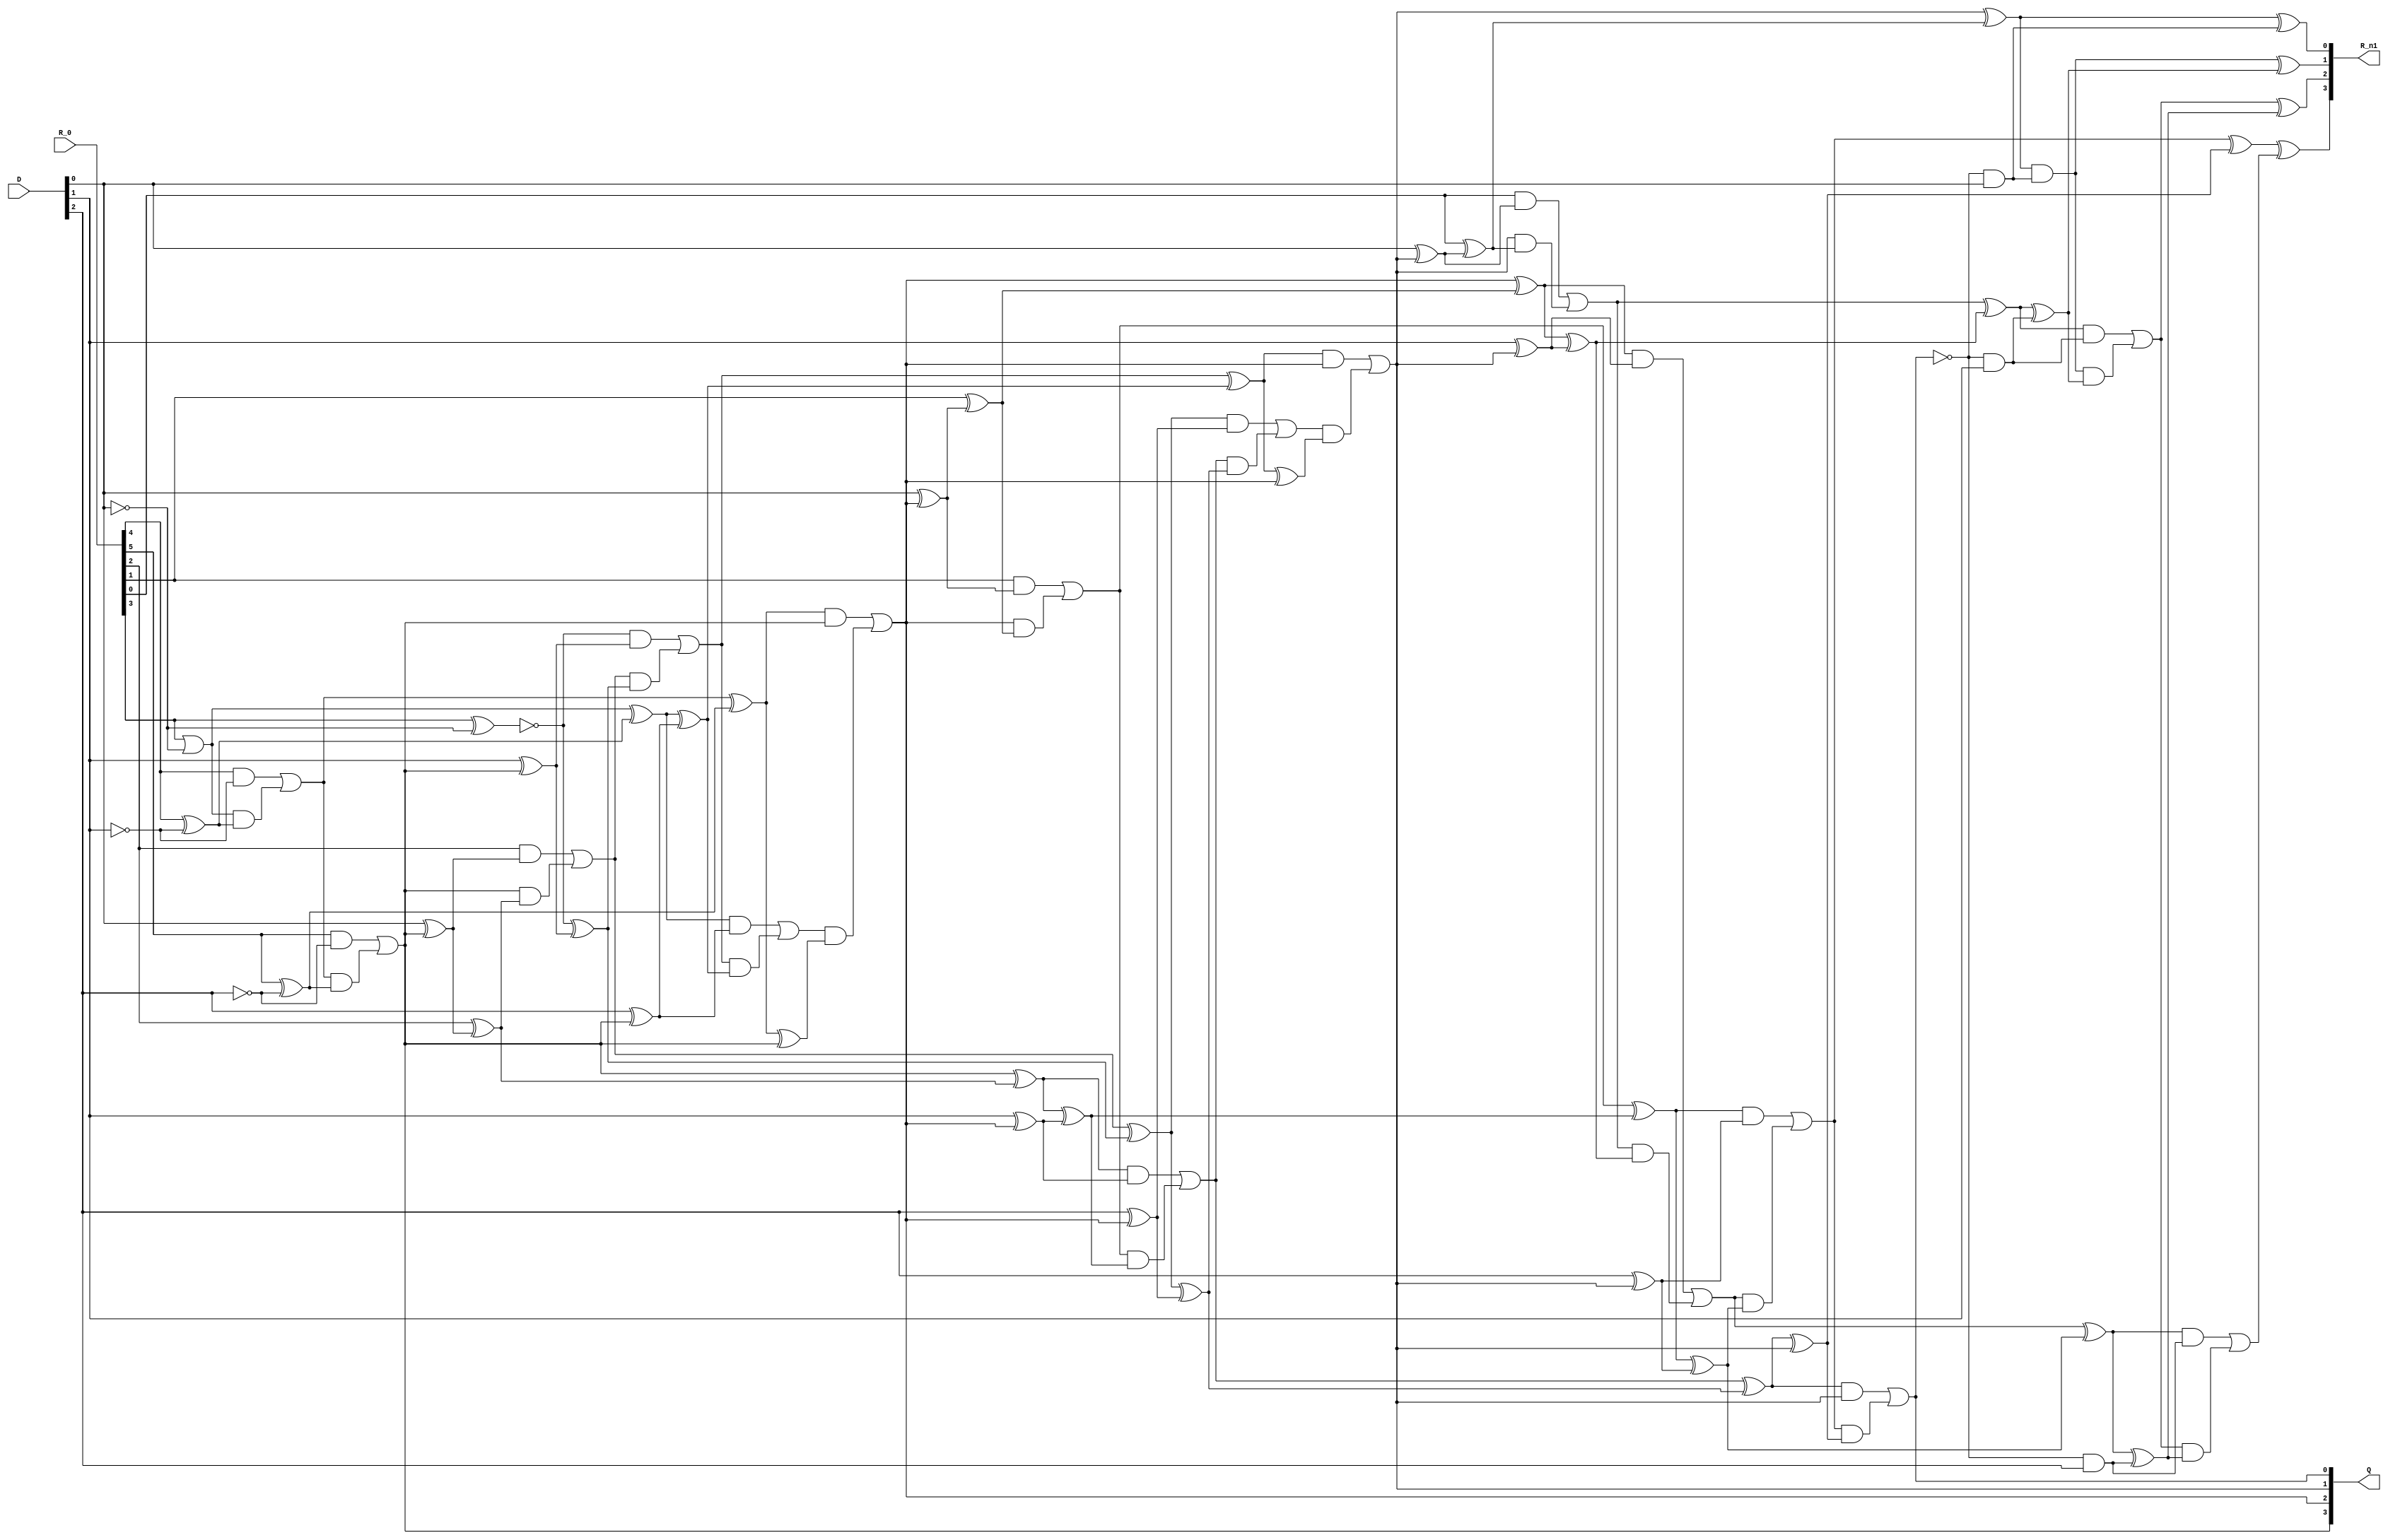
module nonresdivReduced(R_0, D, Q, R_n1);
input [5:0] R_0;
input [2:0] D;
output [3:0] Q;
output [3:0] R_n1;
wire _0_;
wire _1_;
wire _2_;
wire _3_;
wire _4_;
wire _5_;
wire _6_;
wire _7_;
wire _8_;
wire _9_;
wire _10_;
wire _11_;
wire _12_;
wire _13_;
wire _14_;
wire _15_;
wire _16_;
wire _17_;
wire _18_;
wire _19_;
wire _20_;
wire _21_;
wire _22_;
wire _23_;
wire _24_;
wire _25_;
wire _26_;
wire _27_;
wire _28_;
wire _29_;
wire _30_;
wire _31_;
wire _32_;
wire _33_;
wire _34_;
wire _35_;
wire _36_;
wire _37_;
wire _38_;
wire _39_;
wire _40_;
wire _41_;
wire _42_;
wire _43_;
wire _44_;
wire _45_;
wire _46_;
wire _47_;
wire _48_;
wire _49_;
wire _50_;
wire _51_;
wire _52_;
wire _53_;
wire _54_;
wire _55_;
wire _56_;
wire _57_;
wire _58_;
wire _59_;
wire _60_;
wire _61_;
wire _62_;
wire _63_;
wire _64_;
wire _65_;
wire _66_;
wire _67_;
wire _68_;
wire _69_;
wire _70_;
wire _71_;
wire _72_;
wire _73_;
wire _74_;
wire _75_;
wire _76_;
wire _77_;
wire _78_;
wire _79_;
wire _80_;
wire _81_;
wire _82_;
wire _83_;
wire _84_;
wire _85_;
wire _86_;
wire _87_;
wire _88_;
wire _89_;
wire _90_;
wire _91_;
wire _92_;
wire _93_;
wire _94_;
wire _95_;
wire _96_;
wire _97_;
wire _98_;
wire _99_;
wire _100_;
wire _101_;
wire _102_;
wire _103_;
wire _104_;
wire _105_;
wire _106_;
wire _107_;
wire _108_;
wire _109_;
wire _110_;
wire _111_;
wire _112_;
wire _113_;
wire _114_;
wire _115_;
wire _116_;
wire _117_;
wire _118_;
wire _119_;
wire _120_;
wire _121_;
wire _122_;
wire _123_;
wire _124_;
wire _125_;
wire _126_;
wire _127_;
wire _128_;
wire _129_;
wire _130_;
wire zeroWire;
wire oneWire;
assign zeroWire = 1'b0 /*239*/;
assign oneWire = 1'b1 /*239*/;
assign _7_ = ~D[0] /*213*/;
assign _5_ = R_0[3] | _7_ /*210*/;
assign _6_ = R_0[3] ^ _7_ /*212*/;
assign _0_ = ~_6_ /*211*/;
assign _14_ = ~D[1] /*209*/;
assign _11_ = R_0[4] & _14_ /*205*/;
assign _12_ = R_0[4] ^ _14_ /*208*/;
assign _13_ = _5_ & _12_ /*206*/;
assign _10_ = _11_ | _13_ /*204*/;
assign _1_ = _5_ ^ _12_ /*207*/;
assign _19_ = ~D[2] /*203*/;
assign _16_ = R_0[5] & _19_ /*199*/;
assign _17_ = R_0[5] ^ _19_ /*202*/;
assign _18_ = _10_ & _17_ /*200*/;
assign _15_ = _16_ | _18_ /*198*/;
assign _2_ = _10_ ^ _17_ /*201*/;
assign _20_ = zeroWire & oneWire /*193*/;
assign _21_ = zeroWire ^ oneWire /*196*/;
assign _22_ = _15_ & _21_ /*194*/;
assign Q[3] = _20_ | _22_ /*192*/;
assign _3_ = _15_ ^ _21_ /*195*/;
assign _34_ = D[0] ^ Q[3] /*166*/;
assign _31_ = R_0[2] & _34_ /*162*/;
assign _32_ = R_0[2] ^ _34_ /*165*/;
assign _33_ = Q[3] & _32_ /*163*/;
assign _30_ = _31_ | _33_ /*161*/;
assign _25_ = Q[3] ^ _32_ /*164*/;
assign _39_ = D[1] ^ Q[3] /*160*/;
assign _36_ = _0_ & _39_ /*156*/;
assign _37_ = _0_ ^ _39_ /*159*/;
assign _38_ = _30_ & _37_ /*157*/;
assign _35_ = _36_ | _38_ /*155*/;
assign _26_ = _30_ ^ _37_ /*158*/;
assign _44_ = D[2] ^ Q[3] /*154*/;
assign _41_ = _1_ & _44_ /*150*/;
assign _42_ = _1_ ^ _44_ /*153*/;
assign _43_ = _35_ & _42_ /*151*/;
assign _40_ = _41_ | _43_ /*149*/;
assign _27_ = _35_ ^ _42_ /*152*/;
assign _48_ = zeroWire ^ Q[3] /*148*/;
assign _45_ = _2_ & _48_ /*144*/;
assign _46_ = _2_ ^ _48_ /*147*/;
assign _47_ = _40_ & _46_ /*145*/;
assign Q[2] = _45_ | _47_ /*143*/;
assign _28_ = _40_ ^ _46_ /*146*/;
assign _59_ = D[0] ^ Q[2] /*117*/;
assign _56_ = R_0[1] & _59_ /*113*/;
assign _57_ = R_0[1] ^ _59_ /*116*/;
assign _58_ = Q[2] & _57_ /*114*/;
assign _55_ = _56_ | _58_ /*112*/;
assign _50_ = Q[2] ^ _57_ /*115*/;
assign _64_ = D[1] ^ Q[2] /*111*/;
assign _61_ = _25_ & _64_ /*107*/;
assign _62_ = _25_ ^ _64_ /*110*/;
assign _63_ = _55_ & _62_ /*108*/;
assign _60_ = _61_ | _63_ /*106*/;
assign _51_ = _55_ ^ _62_ /*109*/;
assign _69_ = D[2] ^ Q[2] /*105*/;
assign _66_ = _26_ & _69_ /*101*/;
assign _67_ = _26_ ^ _69_ /*104*/;
assign _68_ = _60_ & _67_ /*102*/;
assign _65_ = _66_ | _68_ /*100*/;
assign _52_ = _60_ ^ _67_ /*103*/;
assign _73_ = zeroWire ^ Q[2] /*99*/;
assign _70_ = _27_ & _73_ /*95*/;
assign _71_ = _27_ ^ _73_ /*98*/;
assign _72_ = _65_ & _71_ /*96*/;
assign Q[1] = _70_ | _72_ /*94*/;
assign _53_ = _65_ ^ _71_ /*97*/;
assign _84_ = D[0] ^ Q[1] /*68*/;
assign _81_ = R_0[0] & _84_ /*64*/;
assign _82_ = R_0[0] ^ _84_ /*67*/;
assign _83_ = Q[1] & _82_ /*65*/;
assign _80_ = _81_ | _83_ /*63*/;
assign _75_ = Q[1] ^ _82_ /*66*/;
assign _89_ = D[1] ^ Q[1] /*62*/;
assign _86_ = _50_ & _89_ /*58*/;
assign _87_ = _50_ ^ _89_ /*61*/;
assign _88_ = _80_ & _87_ /*59*/;
assign _85_ = _86_ | _88_ /*57*/;
assign _76_ = _80_ ^ _87_ /*60*/;
assign _94_ = D[2] ^ Q[1] /*56*/;
assign _91_ = _51_ & _94_ /*52*/;
assign _92_ = _51_ ^ _94_ /*55*/;
assign _93_ = _85_ & _92_ /*53*/;
assign _90_ = _91_ | _93_ /*51*/;
assign _77_ = _85_ ^ _92_ /*54*/;
assign _98_ = zeroWire ^ Q[1] /*50*/;
assign _95_ = _52_ & _98_ /*46*/;
assign _96_ = _52_ ^ _98_ /*49*/;
assign _97_ = _90_ & _96_ /*47*/;
assign Q[0] = _95_ | _97_ /*45*/;
assign _78_ = _90_ ^ _96_ /*44*/;
assign _100_ = ~Q[0] /*19*/;
assign _101_ = _100_ & D[0] /*18*/;
assign _102_ = _75_ & _101_ /*16*/;
assign R_n1[0] = _75_ ^ _101_ /*17*/;
assign _106_ = _100_ & D[1] /*15*/;
assign _108_ = _76_ & _106_ /*11*/;
assign _109_ = _76_ ^ _106_ /*14*/;
assign _110_ = _102_ & _109_ /*12*/;
assign _107_ = _108_ | _110_ /*10*/;
assign R_n1[1] = _102_ ^ _109_ /*13*/;
assign _111_ = _100_ & D[2] /*9*/;
assign _113_ = _77_ & _111_ /*5*/;
assign _114_ = _77_ ^ _111_ /*8*/;
assign _115_ = _107_ & _114_ /*6*/;
assign _112_ = _113_ | _115_ /*4*/;
assign R_n1[2] = _107_ ^ _114_ /*7*/;
assign _116_ = _100_ & zeroWire /*3*/;
assign _117_ = _78_ ^ _116_ /*2*/;
assign R_n1[3] = _117_ ^ _112_ /*1*/;
endmodule